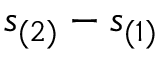
s _ { ( 2 ) } - s _ { ( 1 ) }